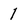
Character: 1